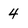
Character: 4